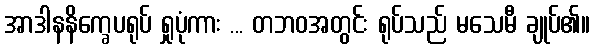
အာဒါနနိက္ခေပရုပ် ရှုပုံကား ... တဘဝအတွင်း ရုပ်သည် မသေမီ ချုပ်၏။